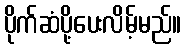
ပိုက်ဆံပို့ပေးလိမ့်မည်။